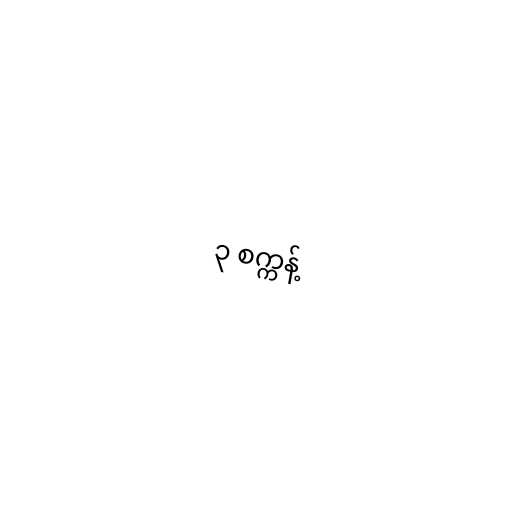
၃ စက္ကန့်